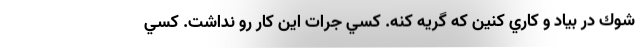
شوك در بياد و كاري كنين كه گريه كنه. كسي جرات اين كار رو نداشت. كسي